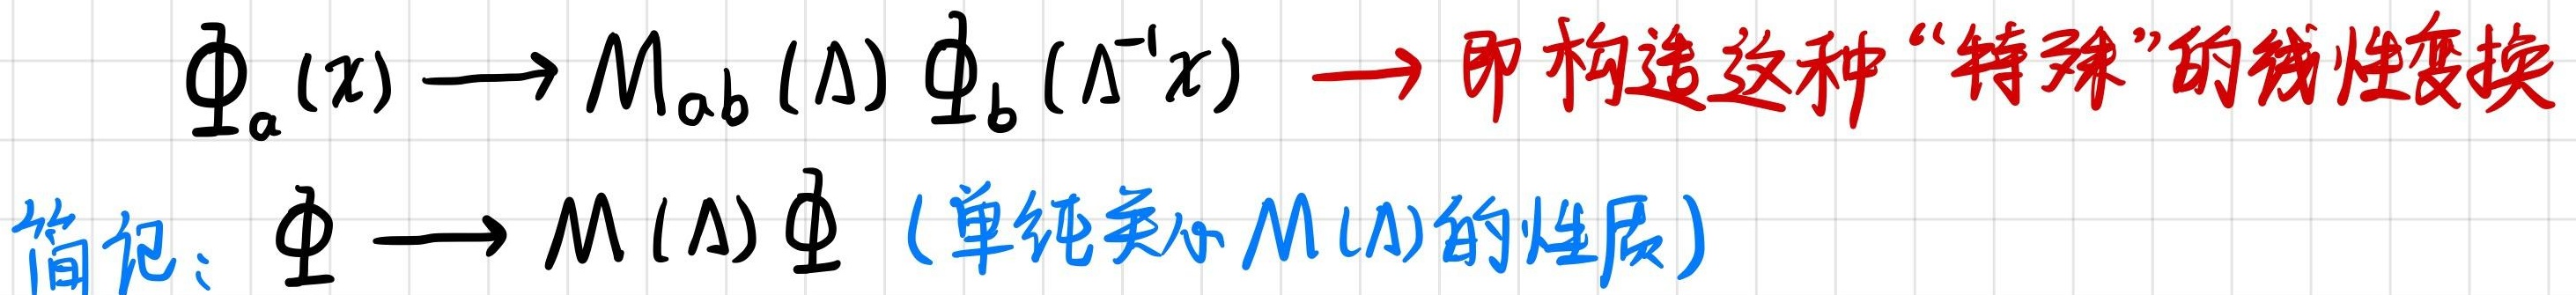
$\Phi_a(x) \longrightarrow M_{ab}(\Lambda) \Phi_b(\Lambda^{-1}x) \longrightarrow 即构造这种“特殊”的线性变换$

$简记：\Phi \longrightarrow M(\Lambda) \Phi（单纯关心M(\Lambda)的性质）$